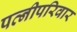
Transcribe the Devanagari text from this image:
पत्नीपरिवार